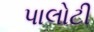
પાલોટી